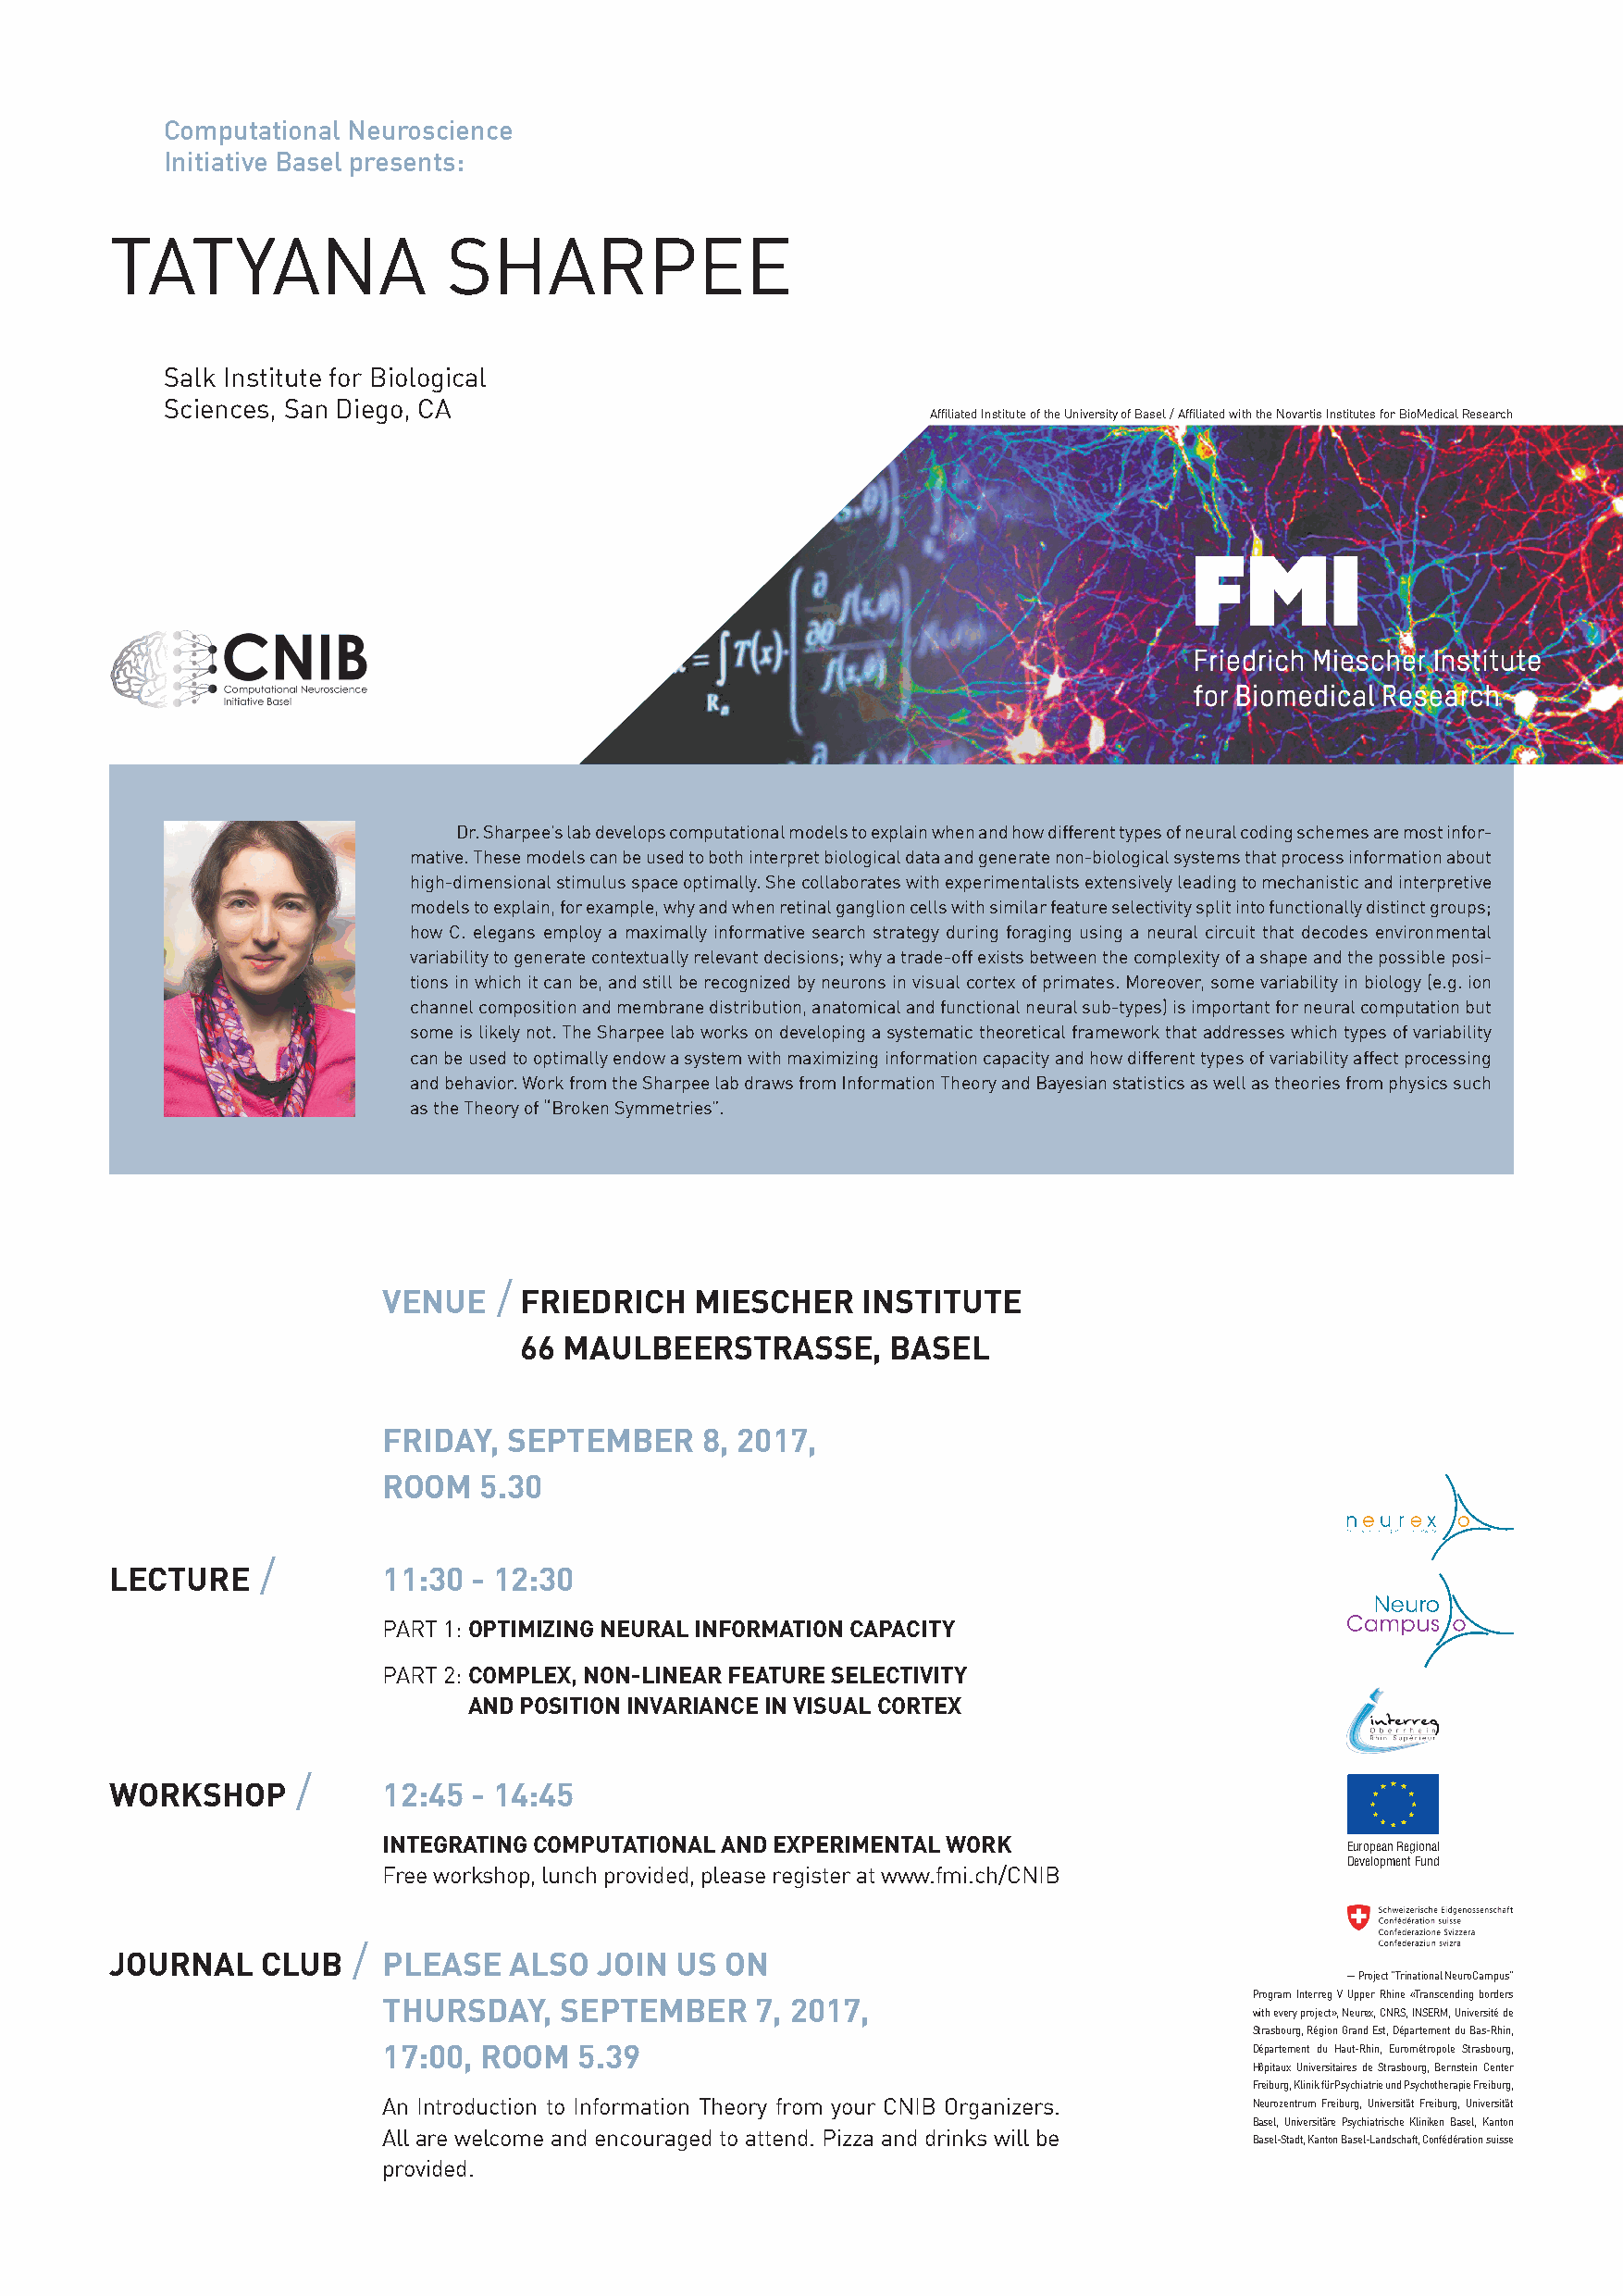
Computational Neuroscience
 Initiative Basel presents:
 TATYANA                 SHARPEE
 Salk Institute for Biological
 Sciences, San Diego, CA
 Affiliated Institute of the University of Basel / Affiliated with the Novartis Institutes for BioMedical Research
 Dr. Sharpee’s lab develops computational models to explain when and how different types of neural coding schemes are most infor-
 mative. These models can be used to both interpret biological data and generate non-biological systems that process information about
 high-dimensional stimulus space optimally. She collaborates with experimentalists extensively leading to mechanistic and interpretive
 models to explain, for example, why and when retinal ganglion cells with similar feature selectivity split into functionally distinct groups;
 how C. elegans employ a maximally informative search strategy during foraging using a neural circuit that decodes environmental
 variability to generate contextually relevant decisions; why a trade-off exists between the complexity of a shape and the possible posi-
 tions in which it can be, and still be recognized by neurons in visual cortex of primates. Moreover, some variability in biology (e.g. ion
 channel composition and membrane distribution, anatomical and functional neural sub-types) is important for neural computation but
 some is likely not. The Sharpee lab works on developing a systematic theoretical framework that addresses which types of variability
 can be used to optimally endow a system with maximizing information capacity and how different types of variability affect processing
 and behavior. Work from the Sharpee lab draws from Information Theory and Bayesian statistics as well as theories from physics such
 as the Theory of “Broken Symmetries”.
 /
 VENUE     FRIEDRICH    MIESCHER    INSTITUTE
 66 MAULBEERSTRASSE,        BASEL
 FRIDAY,  SEPTEMBER     8, 2017,
 ROOM   5.30
 /
 LECTURE            11:30  - 12:30
 PART 1: OPTIMIZING NEURAL INFORMATION CAPACITY
 PART 2: C OMPLEX, NON-LINEAR FEATURE SELECTIVITY
 AND POSITION INVARIANCE IN VISUAL CORTEX
 /
 WORKSHOP           12:45  - 14:45
 INTEGRATING COMPUTATIONAL AND EXPERIMENTAL WORK
 European Regional
 Development Fund
 Free workshop, lunch provided, please register at www.fmi.ch/CNIB
 /
 JOURNAL    CLUB    PLEASE   ALSO   JOIN US  ON
 — Project "Trinational NeuroCampus"
 Program Interreg V Upper Rhine «Transcending borders
 THURSDAY,    SEPTEMBER     7, 2017,
 with every project», Neurex, CNRS, INSERM, Université de
 Strasbourg, Région Grand Est, Département du Bas-Rhin,
 17:00, ROOM   5.39                                             Département du Haut-Rhin, Eurométropole Strasbourg,
 Hôpitaux Universitaires de Strasbourg, Bernstein Center
 Freiburg, Klinik für Psychiatrie und Psychotherapie Freiburg,
 An Introduction to Information Theory from your CNIB Organizers. Neurozentrum Freiburg, Universität Freiburg, Universität
 Basel, Universitäre Psychiatrische Kliniken Basel, Kanton
 All are welcome and encouraged to attend. Pizza and drinks will be
 Basel-Stadt, Kanton Basel-Landschaft, Confédération suisse
 provided.